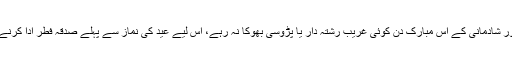
گویا خوشی اور شادمانی کے اس مبارک دن کوئی غریب رشتہ دار یا پڑوسی بھوکا نہ رہے، اس لیے عید کی نماز سے پہلے صدقہ فطر ادا کرنے کا حکم ہے۔